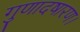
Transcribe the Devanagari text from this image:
गुणादषारण।